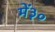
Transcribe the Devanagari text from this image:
में३०